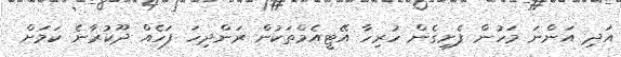
އަދި އަންނަ މަހުން ފެށިގެން ހުރިހާ އޭޓީއެމްތަކުން ރަންދިހަ ފަހެއް ދޫކުރާނެ ކަމަށް